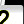
Digit: 2